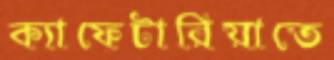
ক্যাফেটারিয়াতে